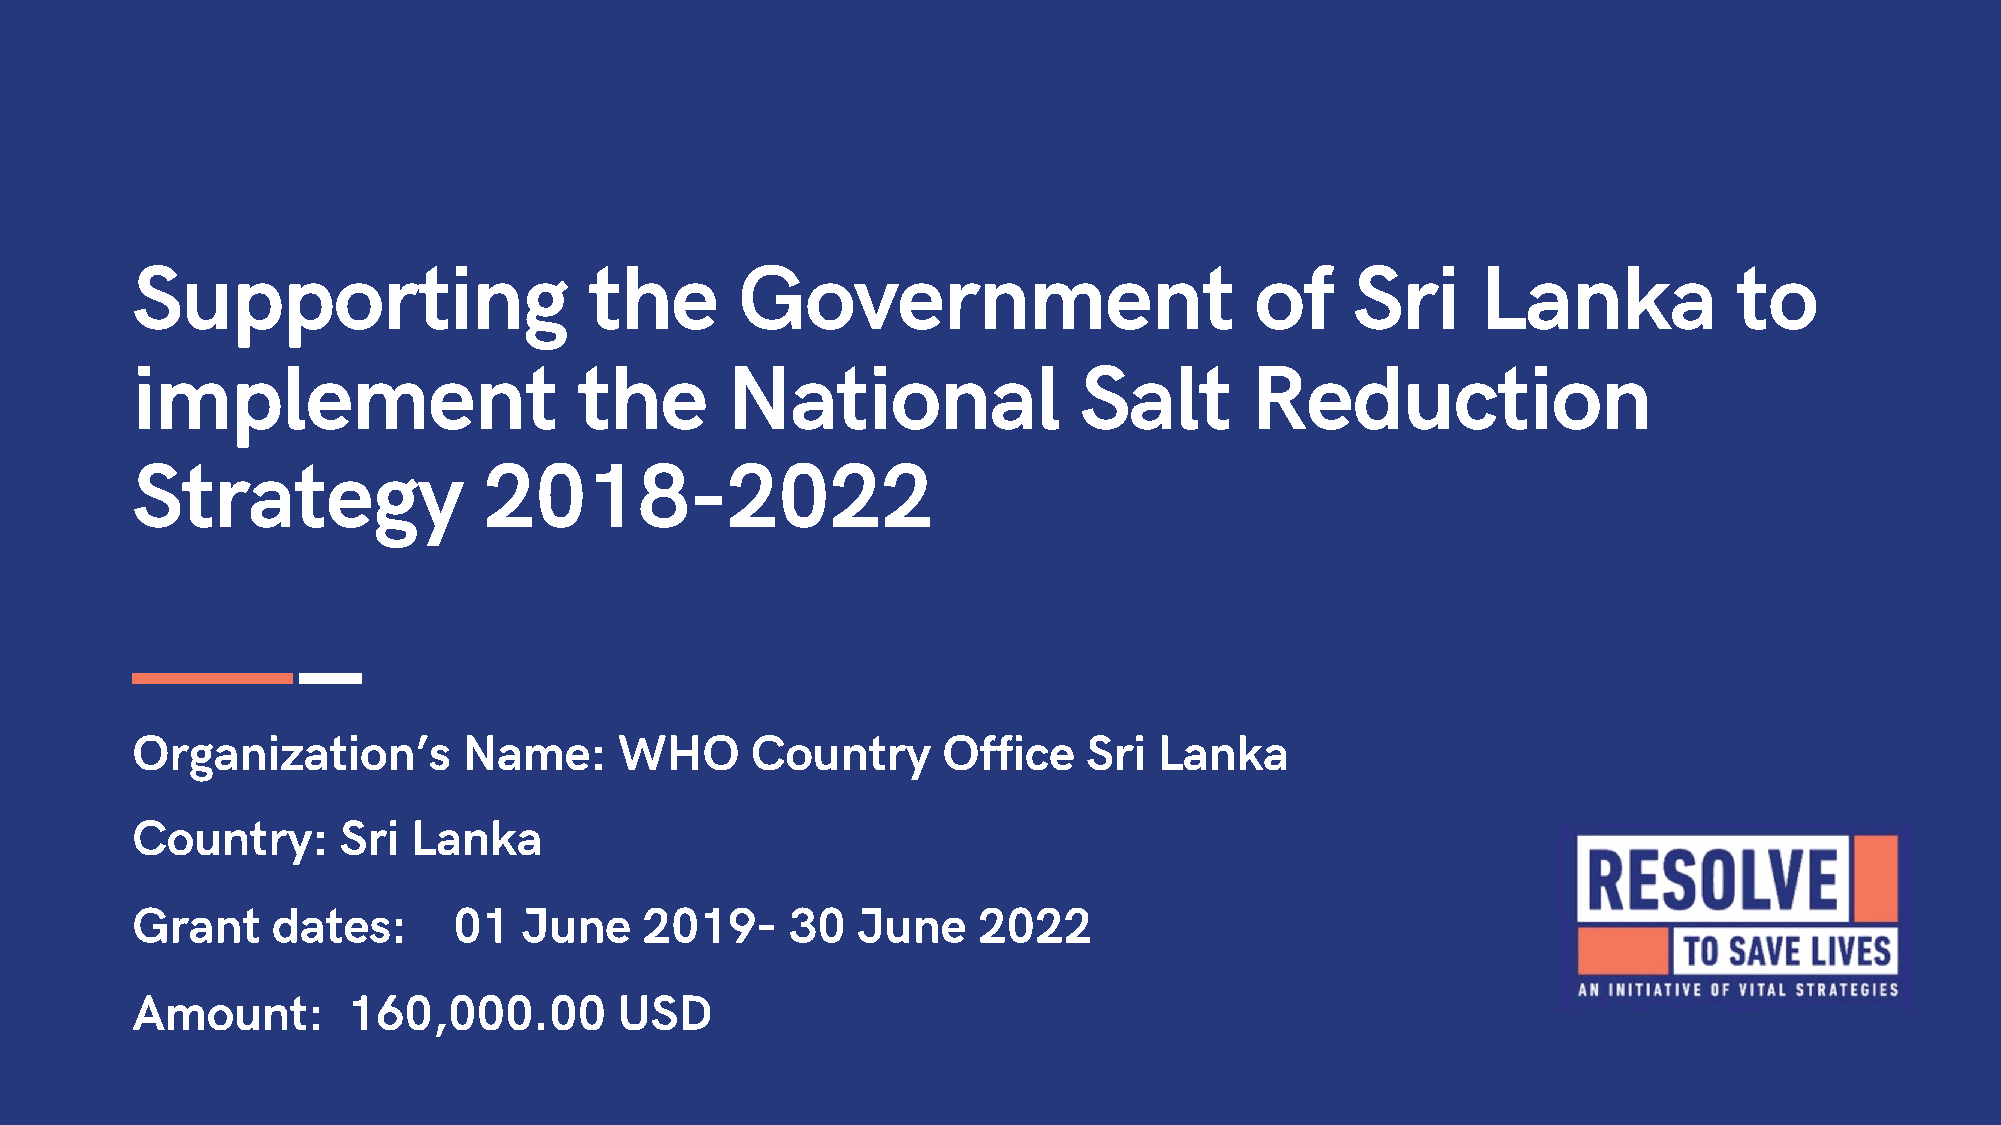
Supporting                    the       Government                        of     Sri     Lanka            to
 implement                    the       National               Salt        Reduction
 Strategy               2018-2022
 Organization’s        Name:     WHO      Country     Office    Sri  Lanka
 Country:     Sri  Lanka
 Grant    dates:      01   June   2019-     30   June    2022
 Amount:       160,000.00        USD